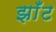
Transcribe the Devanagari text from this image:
झाँट